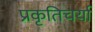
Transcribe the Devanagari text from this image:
प्रकृतिचर्या